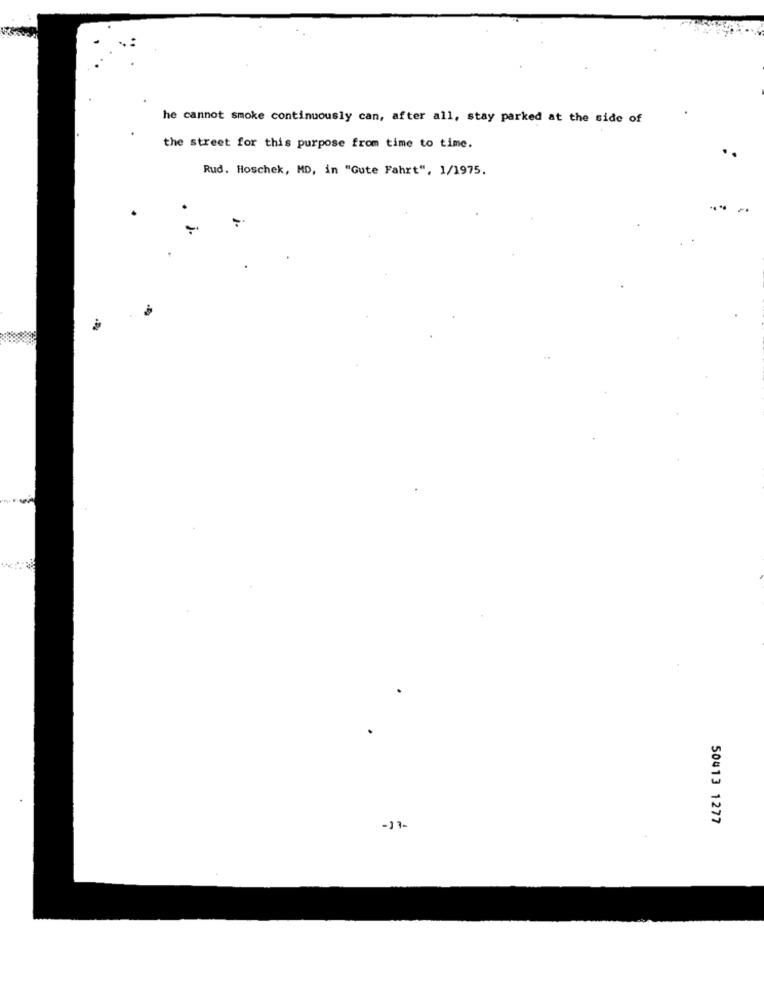
he cannot smoke continuously can, after all, stay parked at the side of
the street for this purpose from time to time.
Rud. Hoschek, MD, in "Gute Fahrt", 1/1975.
50413 1277
-17-